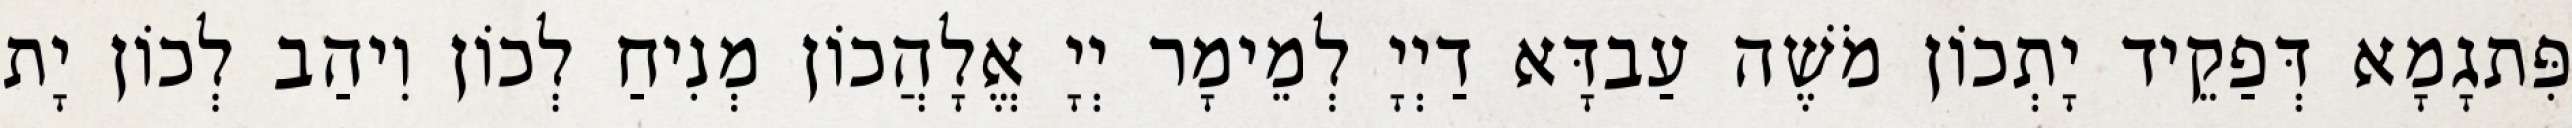
פִּתגָמָא דְּפַקֵיד יָתְכוֹן מֹשֶׁה עַבדָּא דַיְיָ לְמֵימָר יְיָ אֱלָהֲכוֹן מְנִיחַ לְכוֹן וִיהַב לְכוֹן יָת